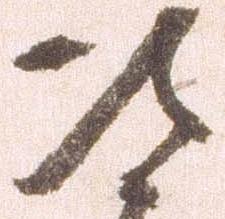
次